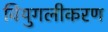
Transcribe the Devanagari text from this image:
वियुगलीकरण